Indian journal of veterinary science and animal husbandry - Volume 4,
Year: 1934
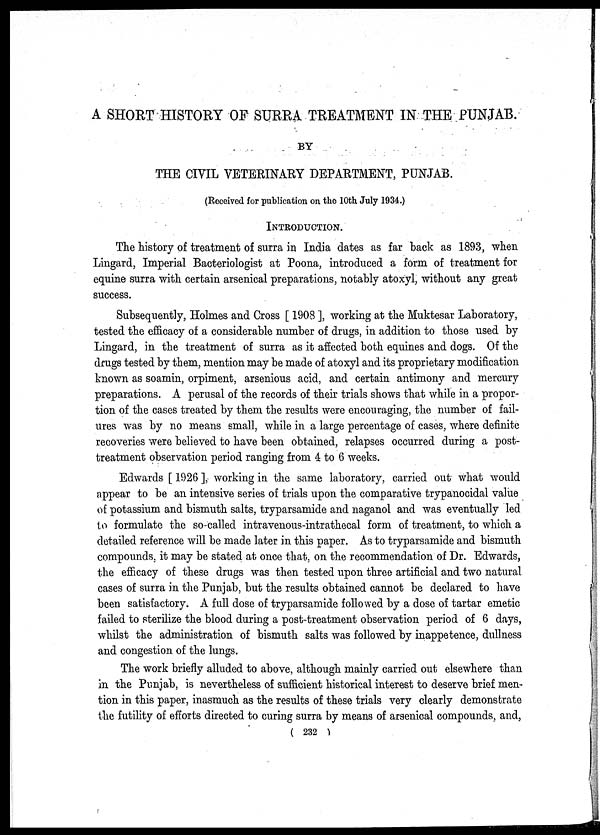
A SHORT HISTORY OF SURRA TREATMENT IN THE PUNJAB.
BY
THE CIVIL VETERINARY DEPARTMENT, PUNJAB.
(Received for publication on the 10th July 1934.)
INTRODUCTION.
The history of treatment of surra in India dates as far back as 1893, when
Lingard, Imperial Bacteriologist at Poona, introduced a form of treatment for
equine surra with certain arsenical preparations, notably atoxyl, without any great
success.
Subsequently, Holmes and Cross [ 1908 ], working at the Muktesar Laboratory,
tested the efficacy of a considerable number of drugs, in addition to those used by
Lingard, in the treatment of surra as it affected both equines and dogs. Of the
drugs tested by them, mention may be made of atoxyl and its proprietary modification
known as soamin, orpiment, arsenious acid, and certain antimony and mercury
preparations. A perusal of the records of their trials shows that while in a propor-
tion of the cases treated by them the results were encouraging, the number of fail-
ures was by no means small, while in a large percentage of cases, where definite
recoveries were believed to have been obtained, relapses occurred during a post-
treatment observation period ranging from 4 to 6 weeks.
Edwards [ 1926 ], working in the same laboratory, carried out what would
appear to be an intensive series of trials upon the comparative trypanocidal value
of potassium and bismuth salts, tryparsamide and naganol and was eventually led
to formulate the so-called intravenous-intrathecal form of treatment, to which a
detailed reference will be made later in this paper. As to tryparsamide and bismuth
compounds, it may be stated at once that, on the recommendation of Dr. Edwards,
the efficacy of these drugs was then tested upon three artificial and two natural
cases of surra in the Punjab, but the results obtained cannot be declared to have
been satisfactory. A full dose of tryparsamide followed by a dose of tartar emetic
failed to sterilize the blood during a post-treatment observation period of 6 days,
whilst the administration of bismuth salts was followed by inappetence, dullness
and congestion of the lungs.
The work briefly alluded to above, although mainly carried out elsewhere than
in the Punjab, is nevertheless of sufficient historical interest to deserve brief men-
tion in this paper, inasmuch as the results of these trials very clearly demonstrate
the futility of efforts directed to curing surra by means of arsenical compounds, and,
( 232 )